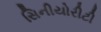
સિનીયોરીટી